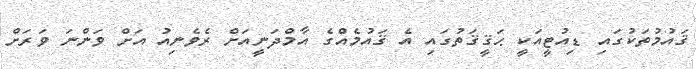
ޤައުމުތަކުގައި ޑިއުޓީއަކީ ޙަޤީޤަތުގައި އެ ޤައުމެއްގެ އާމްދަނީއަށް ރެވެނިއު އަށް ވަންނަ ވަރަށް